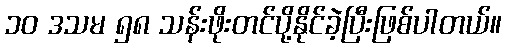
၁၀ ဒသမ ၅၈ သန်းဖိုးတင်ပို့နိုင်ခဲ့ပြီးဖြစ်ပါတယ်။